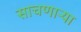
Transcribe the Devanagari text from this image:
साचणाऱ्या